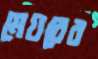
মেয়রের